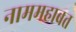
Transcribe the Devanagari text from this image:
नाममहाबत